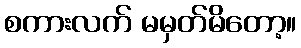
စကားလက် မမှတ်မိတော့။